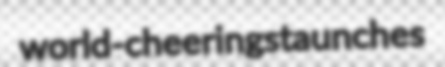
world-cheering staunches